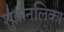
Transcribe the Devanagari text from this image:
शुक्रनलिका